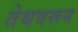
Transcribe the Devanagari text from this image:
तेथवरून